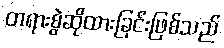
တရားစွဲဆိုထားခြင်းဖြစ်သည်